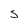
Character: S